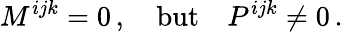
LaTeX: M^{ijk}=0\, ,\quad\mathrm{but}\quad P^{ijk}\ne 0\, .